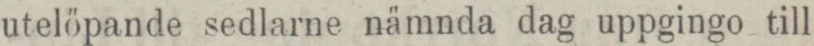
utelöpande sedlarne nämnda dag uppgingo till